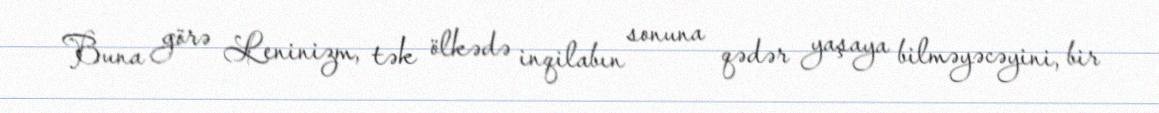
Buna görə Leninizm, tək ölkədə inqilabın sonuna qədər yaşaya bilməyəcəyini, bir